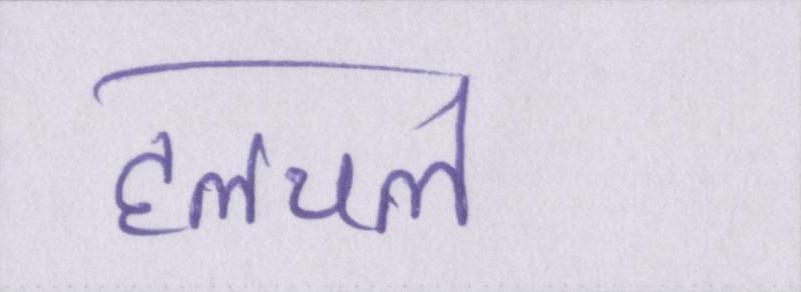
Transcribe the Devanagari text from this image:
हलचल